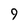
Character: 9